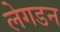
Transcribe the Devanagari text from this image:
लेगडन